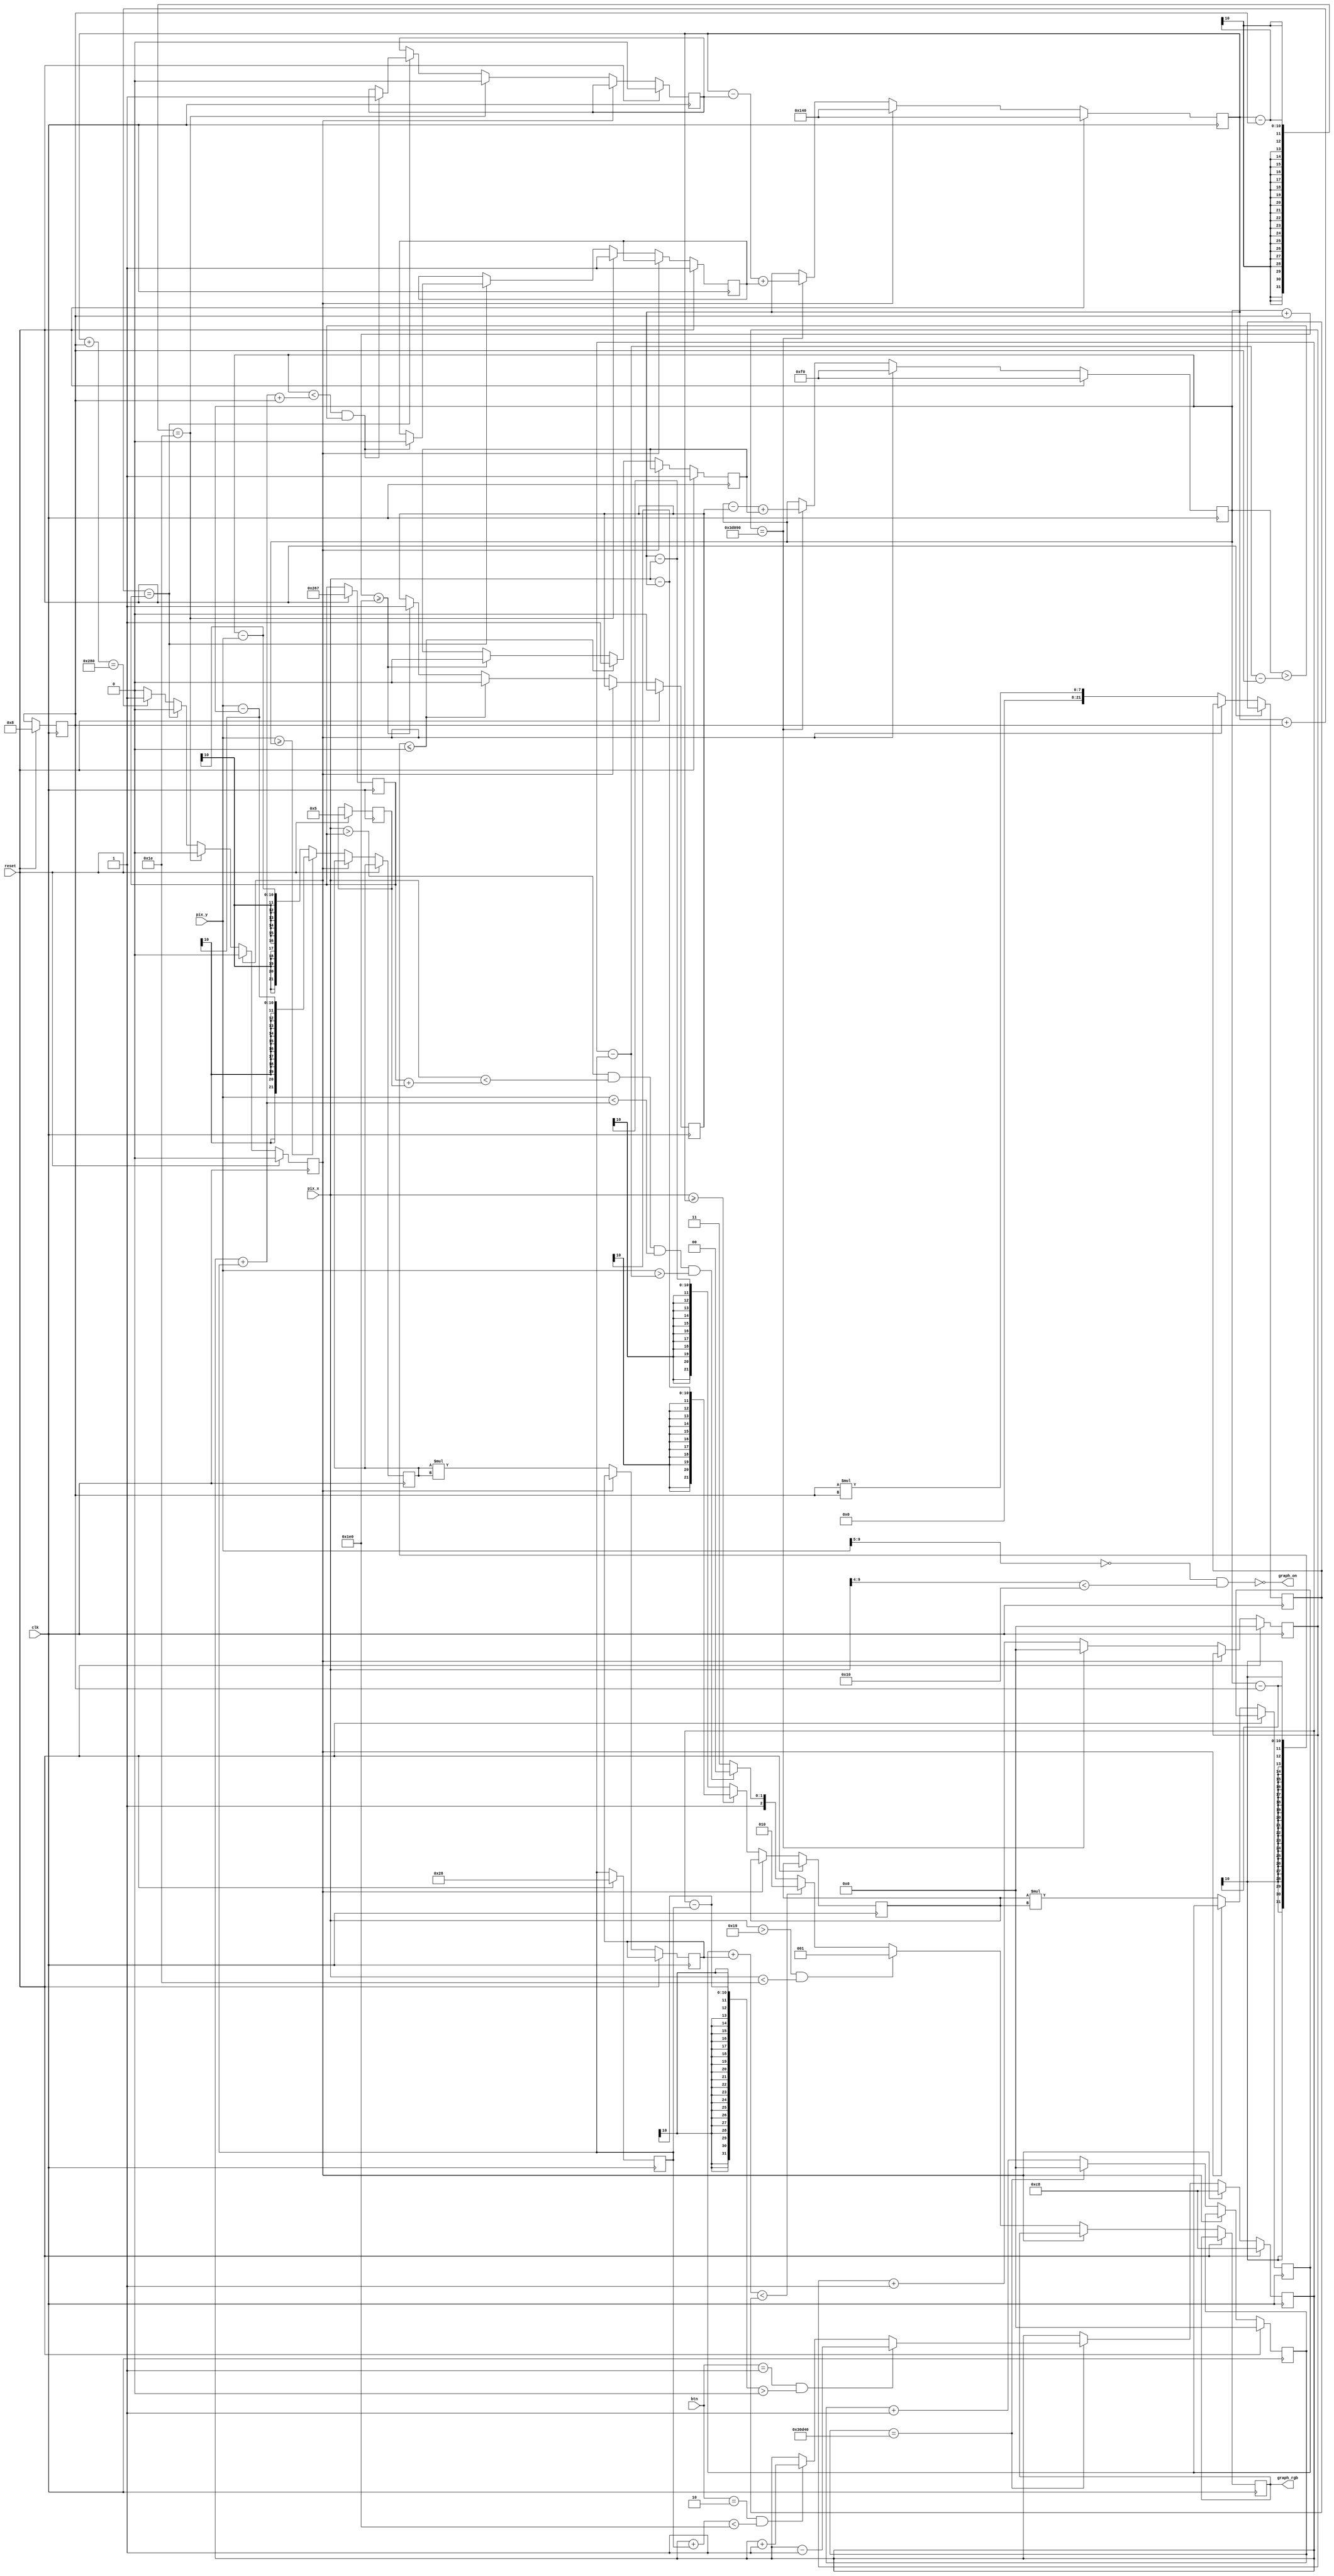
//############################################################################
//++++++++++++++++++++++++++++++++++++++++++++++++++++++++++++++++++++++++++++
//   (C) Copyright Laboratory System Integration and Silicon Implementation
//   All Right Reserved
//++++++++++++++++++++++++++++++++++++++++++++++++++++++++++++++++++++++++++++
//
//   2012 DLAB Course
//   Lab08      : PING_PONG_GAME
//   Author     : 
//                
//++++++++++++++++++++++++++++++++++++++++++++++++++++++++++++++++++++++++++++
//
//   Module Name : controll_ball
//   Release version : v1.0 (Release Date: May-2012)
//
//++++++++++++++++++++++++++++++++++++++++++++++++++++++++++++++++++++++++++++
//############################################################################
module controll_ball
   (
    input wire clk, reset,
    input wire [1:0] btn,
    input wire [9:0] pix_x, pix_y,
	 output wire graph_on,
    output reg [2:0] graph_rgb
   );

	reg limit;
	reg [3:0] Radius;
	reg move_left;
	reg move_right;
	reg move_up;
	reg move_down;
	reg [9:0] ball_x;
	reg [9:0] ball_y;
	reg [27:0] counter1;
	reg [27:0] counter2;
	reg [21:0] x1;
	reg [21:0] x2;
	reg [21:0] y1;
	reg [21:0] y2;
	reg [21:0] r;
	reg [9:0] pad_y;
	reg [9:0] pad_x;
	reg [9:0] pad_width;
	reg dead;
	reg [3:0] thickness;
   wire gra_on;
	
	assign gra_on = ~((pix_y[9:5]==0) && (pix_x[9:4]<16));
   assign graph_on = gra_on;
	
	always @ (posedge clk)
	begin
		if (reset)		//initialize
		begin
			move_left <= 0;
			move_right <= 1;
			move_up <= 0;
			move_down <= 1;
			Radius <= 8;
			ball_x <= 320;
			ball_y <= 240;
			counter1 <= 0;
			counter2 <= 0;
			pad_y <= 200;
			pad_x <= 615;
			pad_width <= 40;
			dead <= 0;
			thickness <= 5;
		end
		else
		begin
			if (dead == 1)				//dead => back to normal
			begin
				ball_x <= 320;
				ball_y <= 240;
				pad_y <= 200;
				dead <= 0;
			end
			else
			begin
				//this is just a counter
				//control pad
				if (counter2 == 200000)
				begin
                counter2 <= 0;
                if ((btn == 1) && ((pad_y - pad_width) > 0)) pad_y <= pad_y - 1;
                else if((btn == 2) && ((pad_y + pad_width) < 480)) pad_y <= pad_y + 1;
                else pad_y <= pad_y;
            end
            else counter2 <= counter2 + 1;
			
				//x
            if((ball_x - Radius) == 30)				//we set the wall at x = 30
				begin
                move_left <= 0;
                move_right <= 1;
            end
            else if((ball_x + Radius) == pad_x)		//if the ball hits the pad
				begin
                if((ball_y < (pad_y + pad_width + Radius)) && (ball_y > (pad_y - pad_width - Radius)))
					 begin
                    move_left <= 1;
                    move_right <= 0;
                end
                else
					 begin
                    move_left <= move_left;
                    move_right <= move_right;
                end
            end
            else if((ball_x + Radius) == 640)
				begin
                dead <= 1;
            end
            else
				begin
                move_left <= move_left;
                move_right <= move_right;
            end

            //y
            if((ball_y - Radius) <= 0)
				begin
					 move_up <= 0;
                move_down <= 1;
            end
            else if((ball_y + Radius) >= 480)
				begin
					 move_up <= 1;
                move_down <= 0;
            end
            else
				begin
                move_up <= move_up;
                move_down <= move_down;
            end
				
				if(counter1 == 250000)
				begin
                ball_x <= ball_x - move_left + move_right;
                ball_y <= ball_y - move_up + move_down;
                counter1 <= 0;
            end
            else counter1 <= counter1 + 1;


            if (pix_x >= ball_x) x1 <= pix_x - ball_x;
            else x1 <= ball_x - pix_x;

            if (pix_y >= ball_y) y1 <= pix_y - ball_y;
            else y1 <= ball_y - pix_y;
				
				//show
            x2 <= x1 * x1;
            y2 <= y1 * y1;
            r <= Radius * Radius;
            if ((pix_x > 25) && (pix_x < 30 )) graph_rgb <= 3'b001;				//the color of wall = blue
            else if (x2 + y2 < r) graph_rgb <= 3'b010;								//x * x + y * y < r * r => green (the color of ball)
            else if((pix_x > pad_x) && (pix_x < (pad_x + thickness)) && (pix_y < (pad_y + pad_width)) && (pix_y > (pad_y - pad_width))) graph_rgb <= 3'b100; //pad
            else graph_rgb <= 3'b111;
				
			end
		end
	end

endmodule